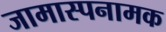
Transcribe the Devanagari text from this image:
जामास्पनामक